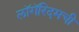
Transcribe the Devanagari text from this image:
लॉगॅरिदमची